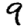
Digit: 9